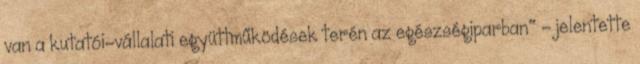
van a kutatói-vállalati együttműködések terén az egészségiparban" – jelentette